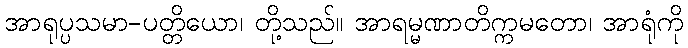
အာရုပ္ပသမာ-ပတ္တိယော၊ တို့သည်။ အာရမ္မဏာတိက္ကမတော၊ အာရုံကို